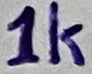
Text: 1K